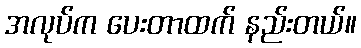
အလုပ်က ပေးတာထက် နည်းတယ်။